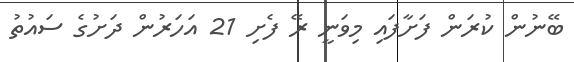
ބޭނުން ކުރަން ފަށާފައި މިވަނީ ރޭ ފެށި 21 އަހަރުން ދަށުގެ ސައުތު